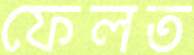
ফেলত